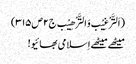
(اَلتَّرْغِیْب وَالتَّرْھِیْب ج۲ص۳۱۵)
میٹھے میٹھے اِسلامی بھائیو!